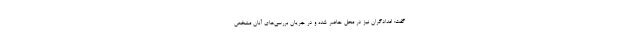
گفت:‌ امدادگران نیز در محل حاضر شده و در جریان بررسی‌های آنان مشخص